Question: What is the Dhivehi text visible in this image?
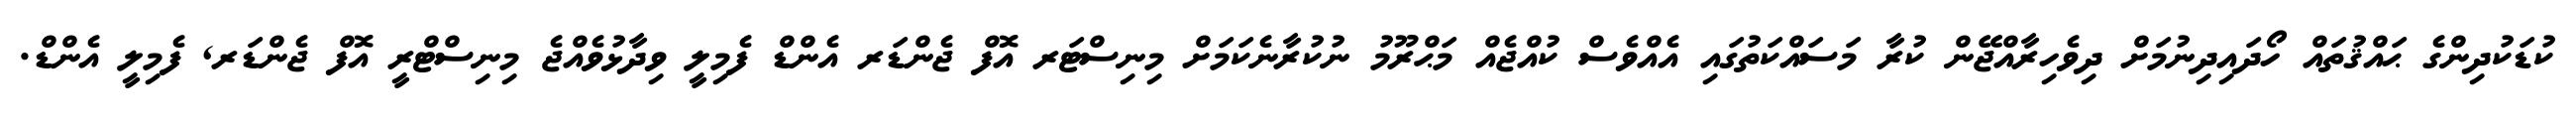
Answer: ކުޑަކުދިންގެ ޙައްޤުތައް ހޯދައިދިނުމަށް ދިވެހިރާއްޖޭން ކުރާ މަސައްކަތުގައި އެއްވެސް ކުއްޖެއް މަޙްރޫމު ނުކުރާނެކަމަށް މިނިސްޓަރ އޮފް ޖެންޑަރ އެންޑް ފެމިލީ ވިދާޅުވެއްޖެ މިނިސްޓްރީ އޮފް ޖެންޑަރ, ފެމިލީ އެންޑް.